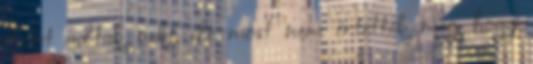
életet adtak neki, de most nem értették meg, hogy